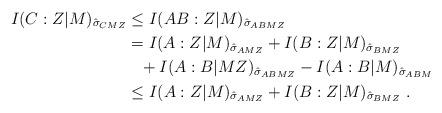
LaTeX: \begin{align*}I(C:Z|M)_{\hat{\sigma}_{CMZ}} &\le I(AB:Z|M)_{\hat{\sigma}_{ABMZ}}\\&= I(A:Z|M)_{\hat{\sigma}_{AMZ}} + I(B:Z|M)_{\hat{\sigma}_{BMZ}}\\&\phantom{=} + I(A:B|MZ)_{\hat{\sigma}_{ABMZ}} - I(A:B|M)_{\hat{\sigma}_{ABM}}\\&\le I(A:Z|M)_{\hat{\sigma}_{AMZ}} + I(B:Z|M)_{\hat{\sigma}_{BMZ}}\;.\end{align*}